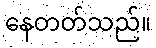
နေတတ်သည်။